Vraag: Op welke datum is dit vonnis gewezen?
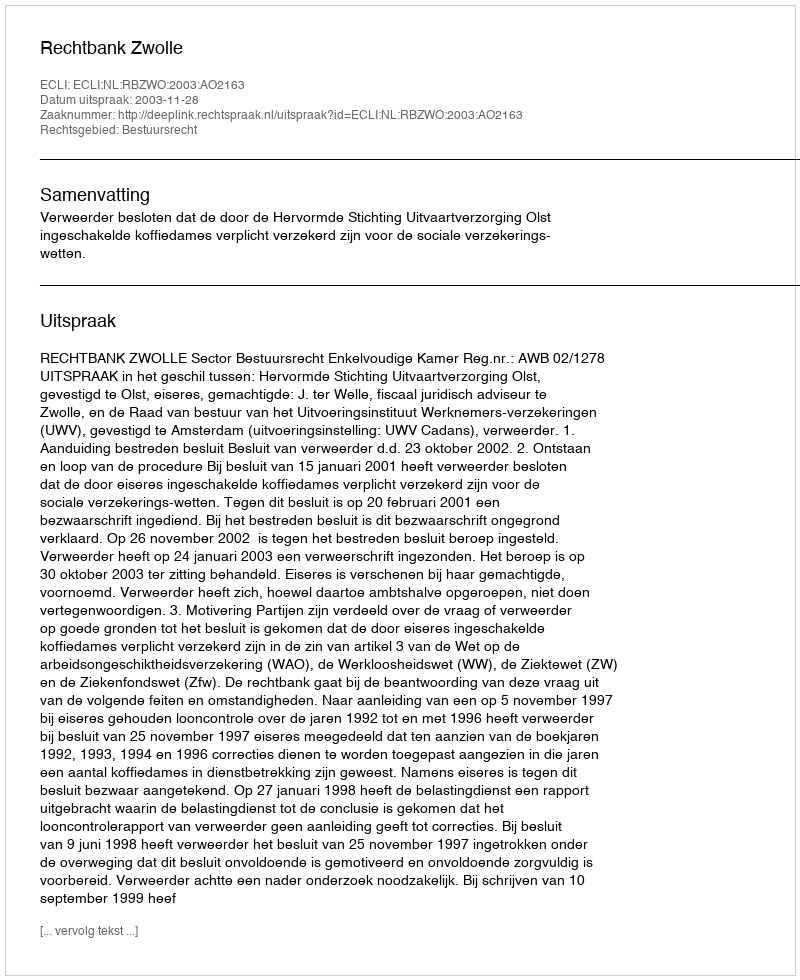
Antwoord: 2003-11-28